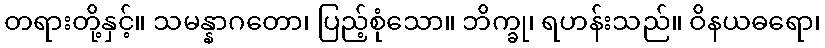
တရားတို့နှင့်။ သမန္နာဂတော၊ ပြည့်စုံသော။ ဘိက္ခု၊ ရဟန်းသည်။ ဝိနယဓရော၊